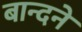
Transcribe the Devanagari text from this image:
बान्दने